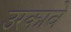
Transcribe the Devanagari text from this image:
उरकावे